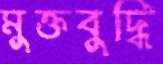
মুক্তবুদ্ধি